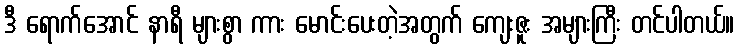
ဒီ ရောက်အောင် နာရီ များစွာ ကား မောင်းပေးတဲ့အတွက် ကျေးဇူး အများကြီး တင်ပါတယ်။